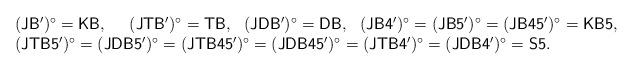
LaTeX: \begin{align*}\begin{array}{cccc}({\sf JB'})^\circ={\sf KB}, &~~ ({\sf JTB'})^\circ={\sf TB}, &({\sf JDB'})^\circ={\sf DB},& ({\sf JB4'})^\circ=({\sf JB5'})^\circ=({\sf JB45'})^\circ={\sf KB5}, \\\multicolumn{4}{l}{({\sf JTB5'})^\circ=({\sf JDB5'})^\circ=({\sf JTB45'})^\circ=({\sf JDB45'})^\circ=({\sf JTB4'})^\circ=({\sf JDB4'})^\circ={\sf S5}.}\end{array} \end{align*}